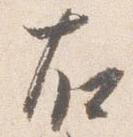
右